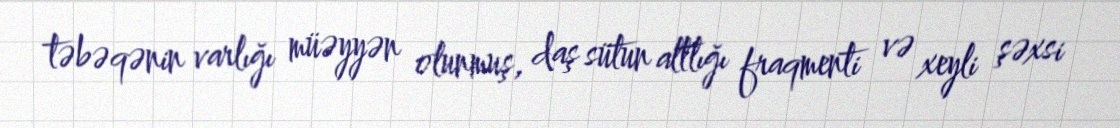
təbəqənin varlığı müəyyən olunmuş, daş sütun altlığı fraqmenti və xeyli şəxsi